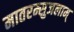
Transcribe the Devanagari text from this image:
मातरम्सुजलाम्